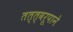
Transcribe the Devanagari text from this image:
तत्त्वरूपाने